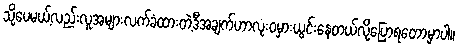
သို့ပေမယ့်လည်းလူအများလက်ခံထားတဲ့ဒီအချက်ဟာလုံးဝမှားယွင်းနေတယ်လို့ပြောရတော့မှာပါ။